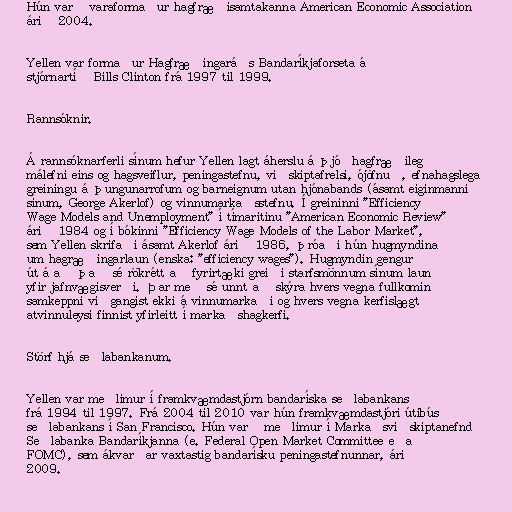
Hún varð varaformaður hagfræðisamtakanna American Economic Association
árið 2004.

Yellen var formaður Hagfræðingaráðs Bandaríkjaforseta á
stjórnartíð Bills Clinton frá 1997 til 1999.

Rannsóknir.

Á rannsóknarferli sínum hefur Yellen lagt áherslu á þjóðhagfræðileg
málefni eins og hagsveiflur, peningastefnu, viðskiptafrelsi, ójöfnuð, efnahagslega
greiningu á þungunarrofum og barneignum utan hjónabands (ásamt eiginmanni
sínum, George Akerlof) og vinnumarkaðsstefnu. Í greininni "Efficiency
Wage Models and Unemployment" í tímaritinu "American Economic Review"
árið 1984 og í bókinni "Efficiency Wage Models of the Labor Market",
sem Yellen skrifaði ásamt Akerlof árið 1986, þróaði hún hugmyndina
um hagræðingarlaun (enska: "efficiency wages"). Hugmyndin gengur
út á að það sé rökrétt að fyrirtæki greiði starfsmönnum sínum laun
yfir jafnvægisverði. Þar með sé unnt að skýra hvers vegna fullkomin
samkeppni viðgangist ekki á vinnumarkaði og hvers vegna kerfislægt
atvinnuleysi finnist yfirleitt í markaðshagkerfi.

Störf hjá seðlabankanum.

Yellen var meðlimur í framkvæmdastjórn bandaríska seðlabankans
frá 1994 til 1997. Frá 2004 til 2010 var hún framkvæmdastjóri útibús
seðlabankans í San Francisco. Hún varð meðlimur í Markaðsviðskiptanefnd
Seðlabanka Bandaríkjanna (e. Federal Open Market Committee eða
FOMC), sem ákvarðar vaxtastig bandarísku peningastefnunnar, árið
2009.